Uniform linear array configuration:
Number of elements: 8
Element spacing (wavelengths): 0.75
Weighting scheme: blackman
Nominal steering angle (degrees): -45
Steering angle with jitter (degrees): -46.995
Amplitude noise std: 0.05
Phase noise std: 0.05

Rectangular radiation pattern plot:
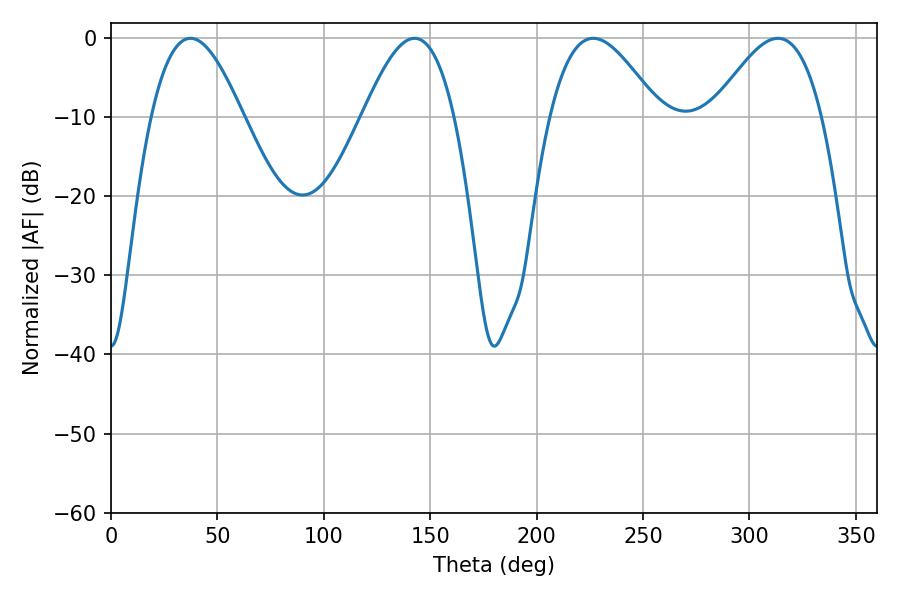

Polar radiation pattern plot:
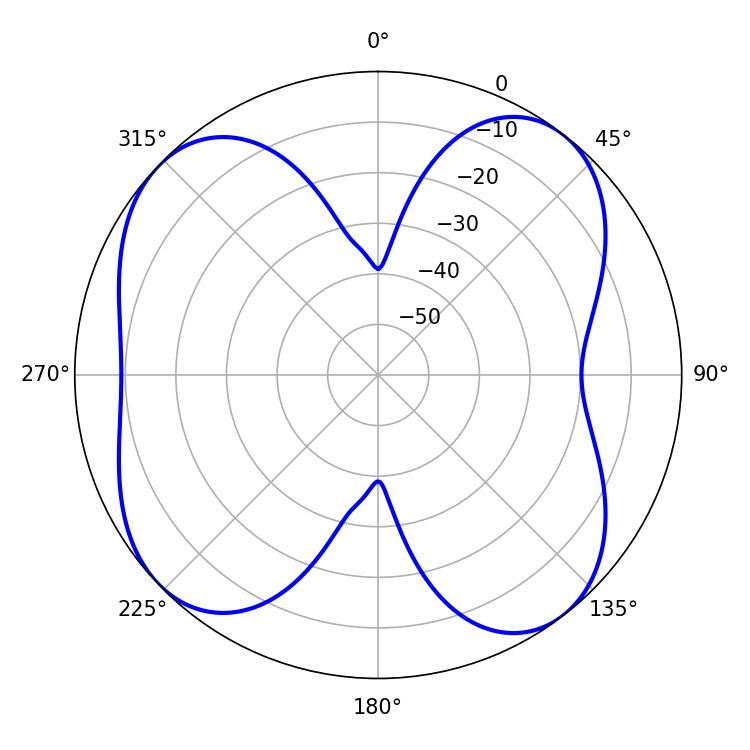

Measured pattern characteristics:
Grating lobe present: TRUE
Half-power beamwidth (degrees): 27.72
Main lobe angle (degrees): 226.62